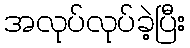
အလုပ်လုပ်ခဲ့ပြီး